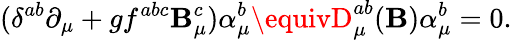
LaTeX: (\delta^{ab}\partial_{\mu}+gf^{abc}\mathbf{B}_{\mu}^{c})\alpha_{\mu}^{b}\equivD_{\mu}^{ab}(\mathbf{B})\alpha_{\mu}^{b}=0.